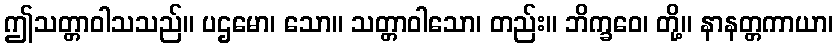
ဤသတ္တာဝါသသည်။ ပဌမော၊ သော။ သတ္တာဝါသော၊ တည်း။ ဘိက္ခဝေ၊ တို့။ နာနတ္တကာယာ၊